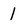
Character: 1